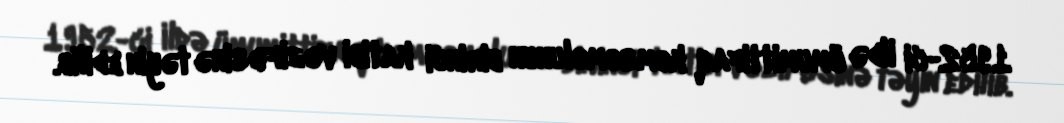
1952-ci ildə ümumittifaq komsomolunun birinci katibi vəzifəsinə təyin edilib.